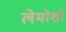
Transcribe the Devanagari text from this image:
लेमोशो